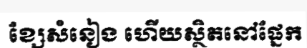
ខ្សែសំនៀង ហើយស្ថិតនៅផ្នែក